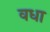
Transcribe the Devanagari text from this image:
वधा